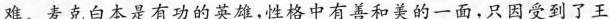
难。麦克白本是有功的英雄，性格中有善和美的一面，只因受到了王